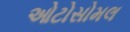
ઓટોસોમલ